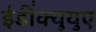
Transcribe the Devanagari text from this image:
ईडी॑क्युयुए